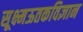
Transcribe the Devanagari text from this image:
सूक्ष्मऊतकविज्ञान